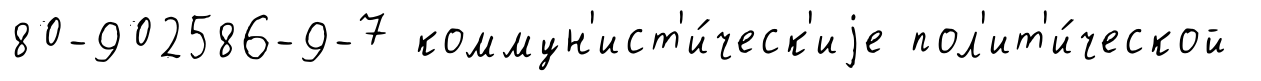
80-902586-9-7 коммун'ист'и́ческ'иjе пол'ит'и́ческой